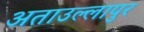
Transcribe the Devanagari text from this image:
अताउल्लापुर